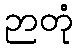
ဉာတုံ